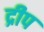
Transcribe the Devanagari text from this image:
द्रीप